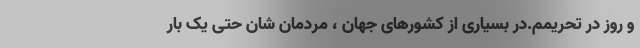
و روز در تحریمم.در بسیاری از کشورهای جهان ، مردمان شان حتی یک بار